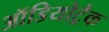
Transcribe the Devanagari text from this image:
ऑडियोट्रैक